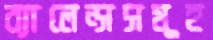
ব্যালেন্সসমূহ